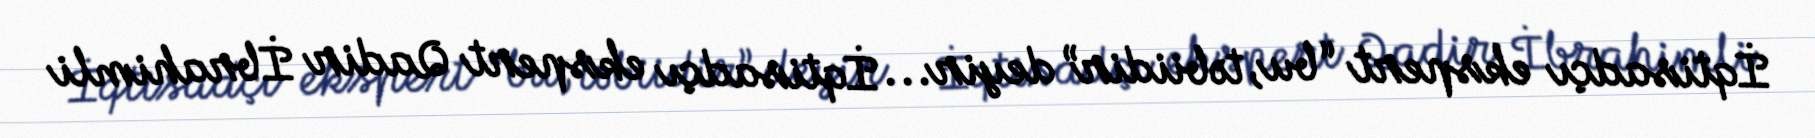
İqtisadçı ekspert “bu, təbiidir” deyir... İqtisadçı ekspert Qadir İbrahimli